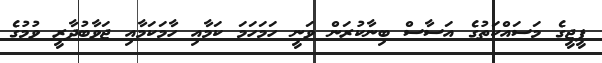
ޕީޖީގެ މަސައްކަތުގެ އަސާސް ބިނާކުރަން ވަނީ ހަމަހަމަ ކަމާއި ހާމަކަމާއި ޖަވާބުދާރީ ވުމުގެ